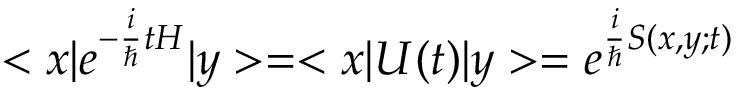
< x | e ^ { - { \frac { i } { \hbar } } t H } | y > = < x | U ( t ) | y > = e ^ { { \frac { i } { \hbar } } S ( x , y ; t ) }